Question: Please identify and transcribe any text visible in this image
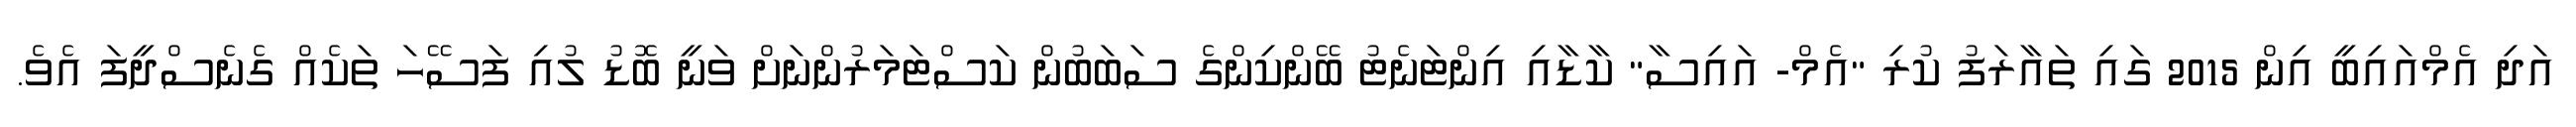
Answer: އަދި އެމްއައިބީ އިން 2015 ގައި ތައާރަފު ކުރި "އެމް- އައިސާ" ކާޑާއި އިންޓަނެޓު ބޭންކިންގެ ސަބަބުން ކަސްޓަމަރުންނަށް ވަނީ ބޮޑު ލުއި ފަސޭހަ ތަކެއް ގެނެސްދީފަ އެވެ.